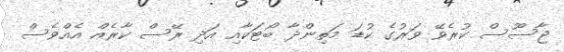
ޖާސޫސް ކުރެވޭ ވަރުގެ ކުޑަ މަތިންދާ ބޯޓަކާއި އަދި ރޭސް ކާރެއް އެއްވެސް